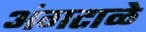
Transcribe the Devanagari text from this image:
अंगटाळे